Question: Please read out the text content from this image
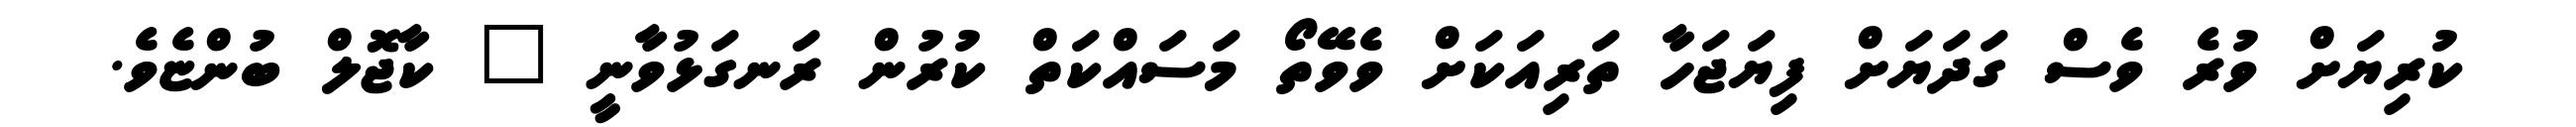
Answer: ކުރިޔަށް ވުރެ ވެސް ގަދަޔަށް ފިޔަޖަހާ ތަރިއަކަށް ވެވޭތޯ މަސައްކަތް ކުރުން ރަނގަޅުވާނީ " ކާޖޮލް ބުންޏެވެ.